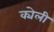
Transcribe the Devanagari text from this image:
क्येली